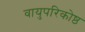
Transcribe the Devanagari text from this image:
वायुपरिकोष्ठ